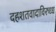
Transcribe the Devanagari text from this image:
दहशतवादाविरुध्ध